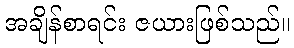
အချိန်စာရင်း ဇယားဖြစ်သည်။